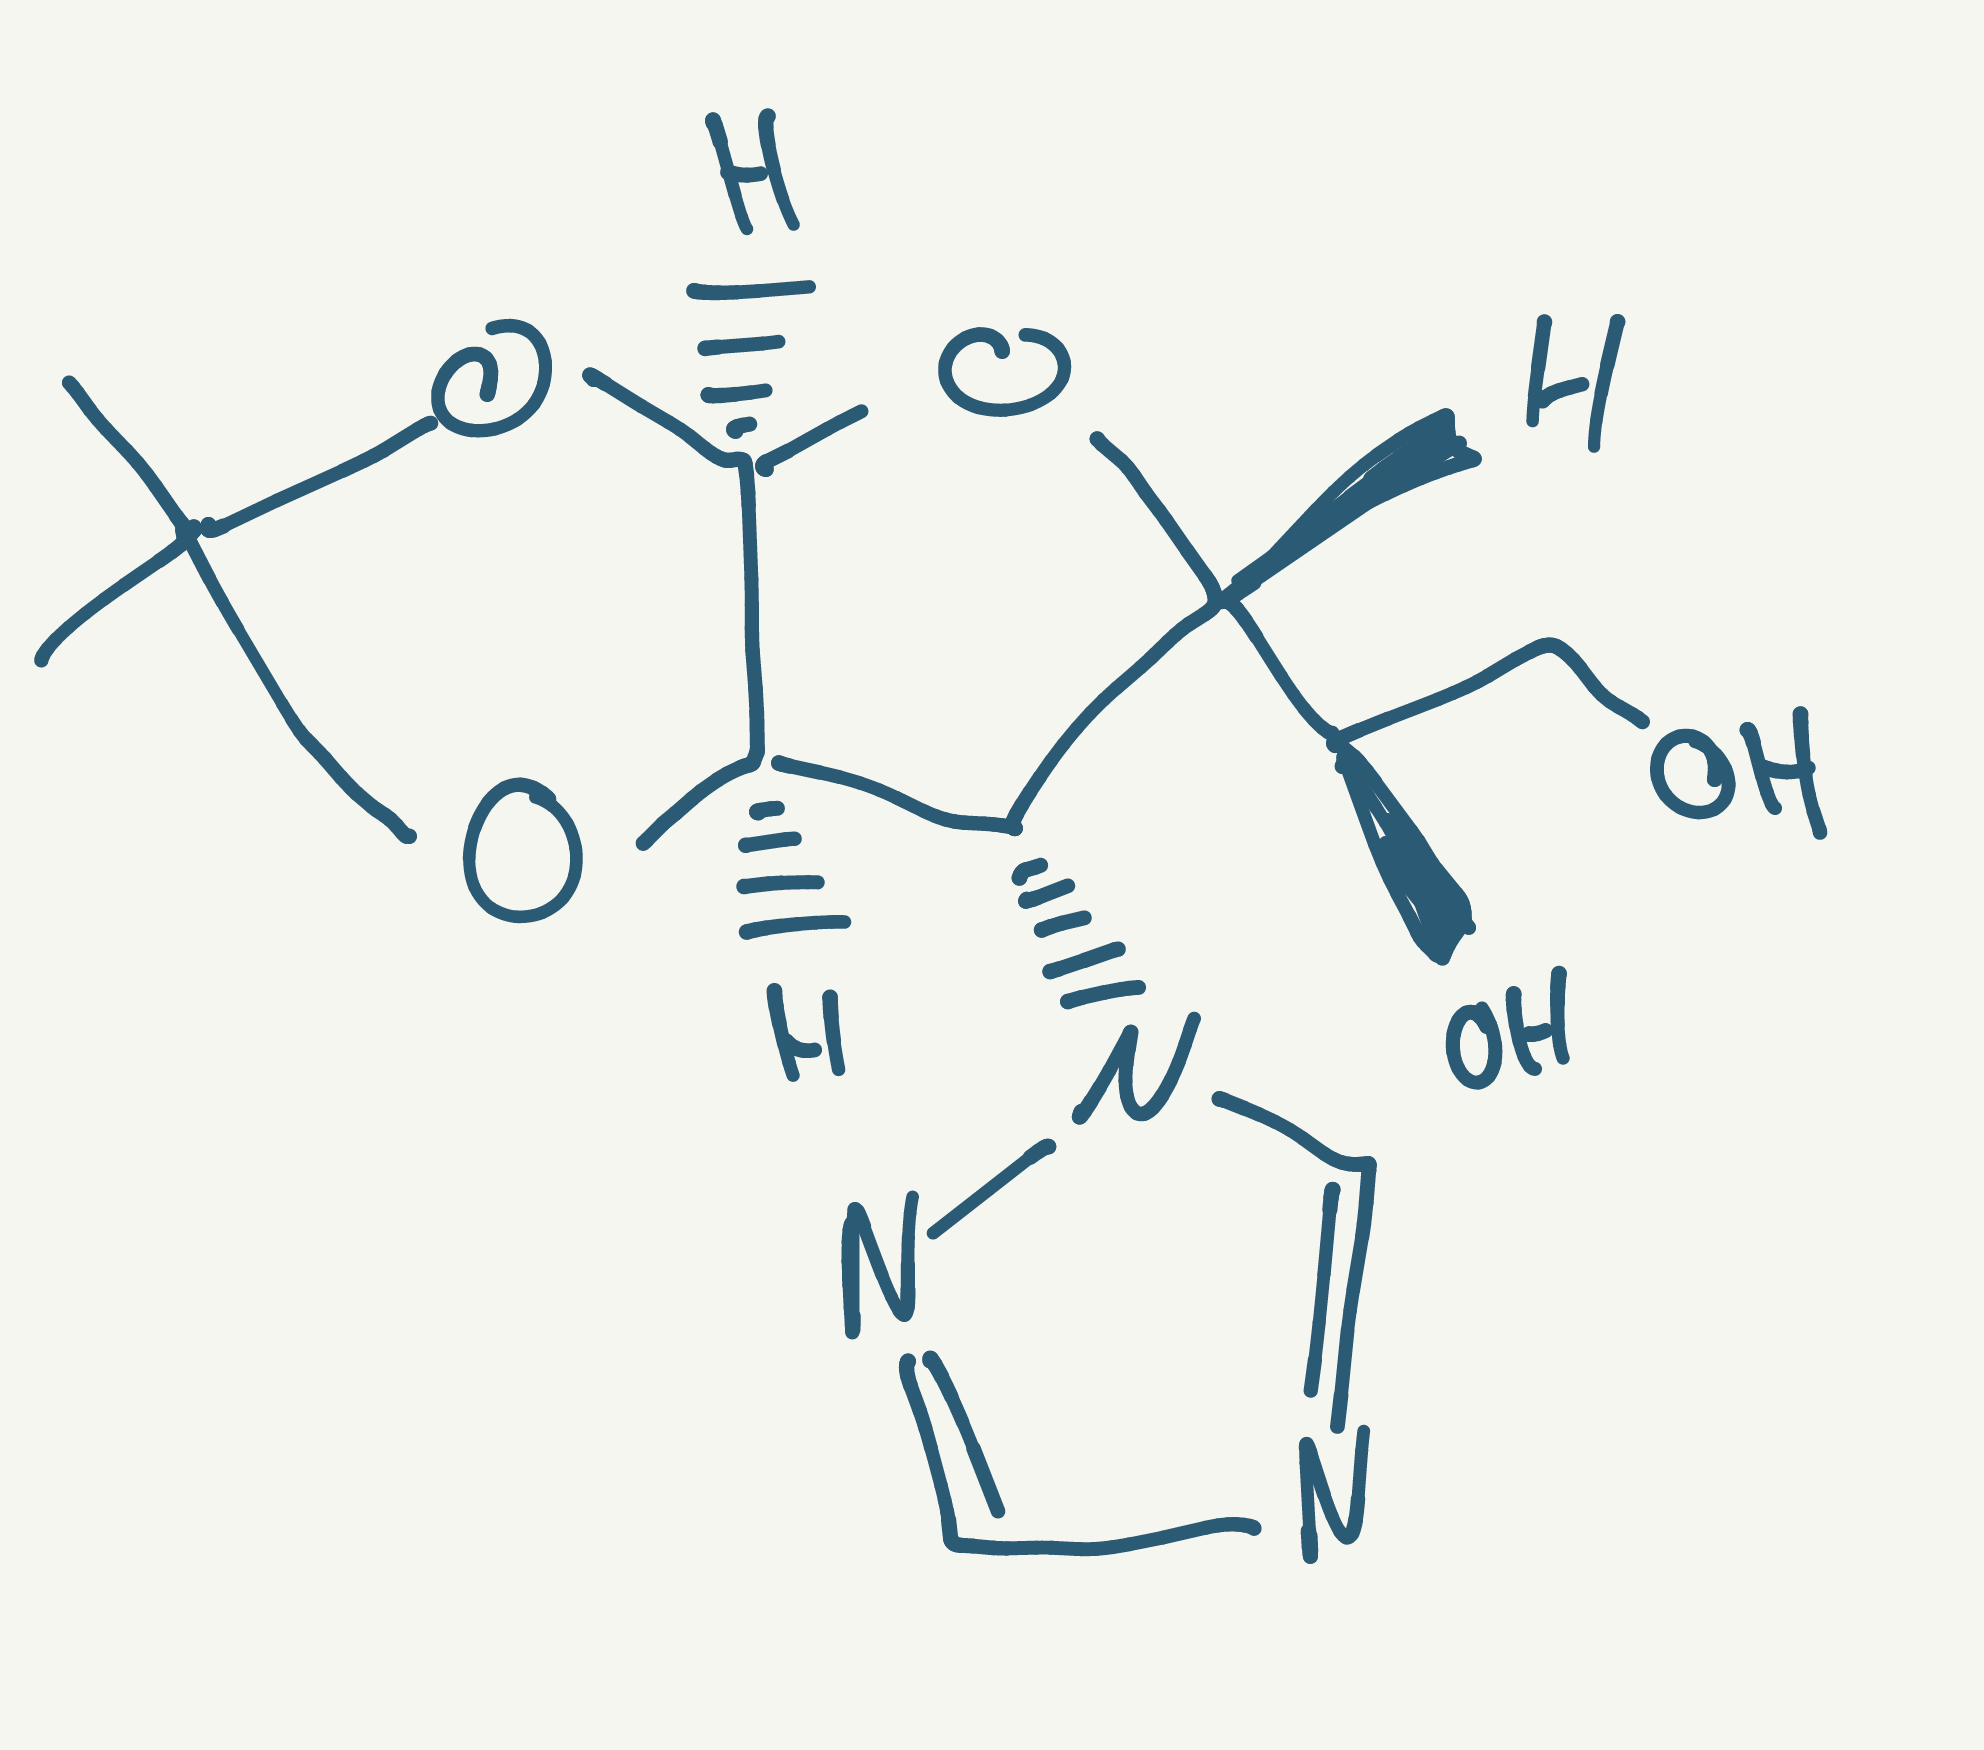
Simplified molecular-input line-entry system (SMILES) notation of the given molecule:
CC1(O[C@@H]2[C@H]([C@H](O[C@@H]2O1)[C@@H](CO)O)N3C=NC=N3)C